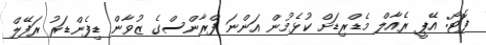
ފޮޓޯ: އޭޕީ ރެއާލް މެޑްރިޑަށް ކުޅެމުން އަންނަ ފްރާންސްގެ ޒުވާން ޑިފެންޑަރު ރަފޭލް